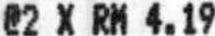
@2 X RM 4.19